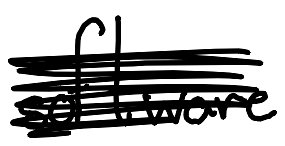
Text: software
Cross-out: scratch
Writing tool: digital_black